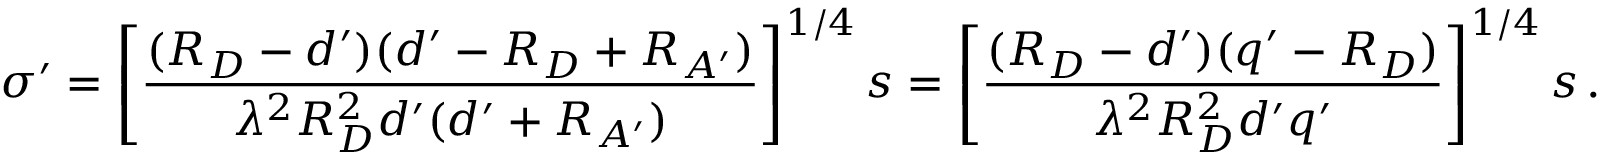
\boldsymbol \sigma ^ { \prime } = \left[ { \frac { ( R _ { D } - d ^ { \prime } ) ( d ^ { \prime } - R _ { D } + R _ { A ^ { \prime } } ) } { \lambda ^ { 2 } R _ { D } ^ { 2 } d ^ { \prime } ( d ^ { \prime } + R _ { A ^ { \prime } } ) } } \right] ^ { 1 / 4 } \boldsymbol s = \left[ { \frac { ( R _ { D } - d ^ { \prime } ) ( q ^ { \prime } - R _ { D } ) } { \lambda ^ { 2 } R _ { D } ^ { 2 } d ^ { \prime } q ^ { \prime } } } \right] ^ { 1 / 4 } \boldsymbol s \, .